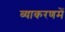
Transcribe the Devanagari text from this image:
व्याकरणमें